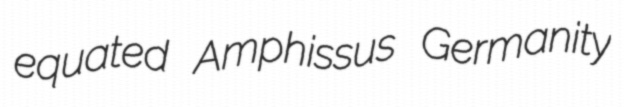
equated Amphissus Germanity